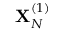
\mathbf { X } _ { N } ^ { ( 1 ) }